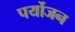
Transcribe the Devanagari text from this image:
पर्योजन